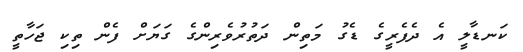
ކަނޑާލީ އެ ދެފެރީގެ ޑެގު މަތިން ދަތުރުވެރިންގެ ގަޔަށް ފެން ތިކި ޖަހާތީ